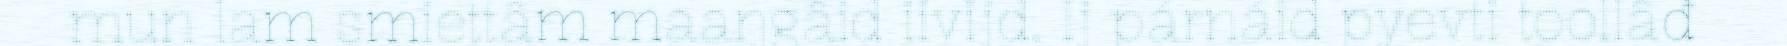
mun lam smiettâm maaŋgâid iivijd. Ij párnáid pyevti toollâđ